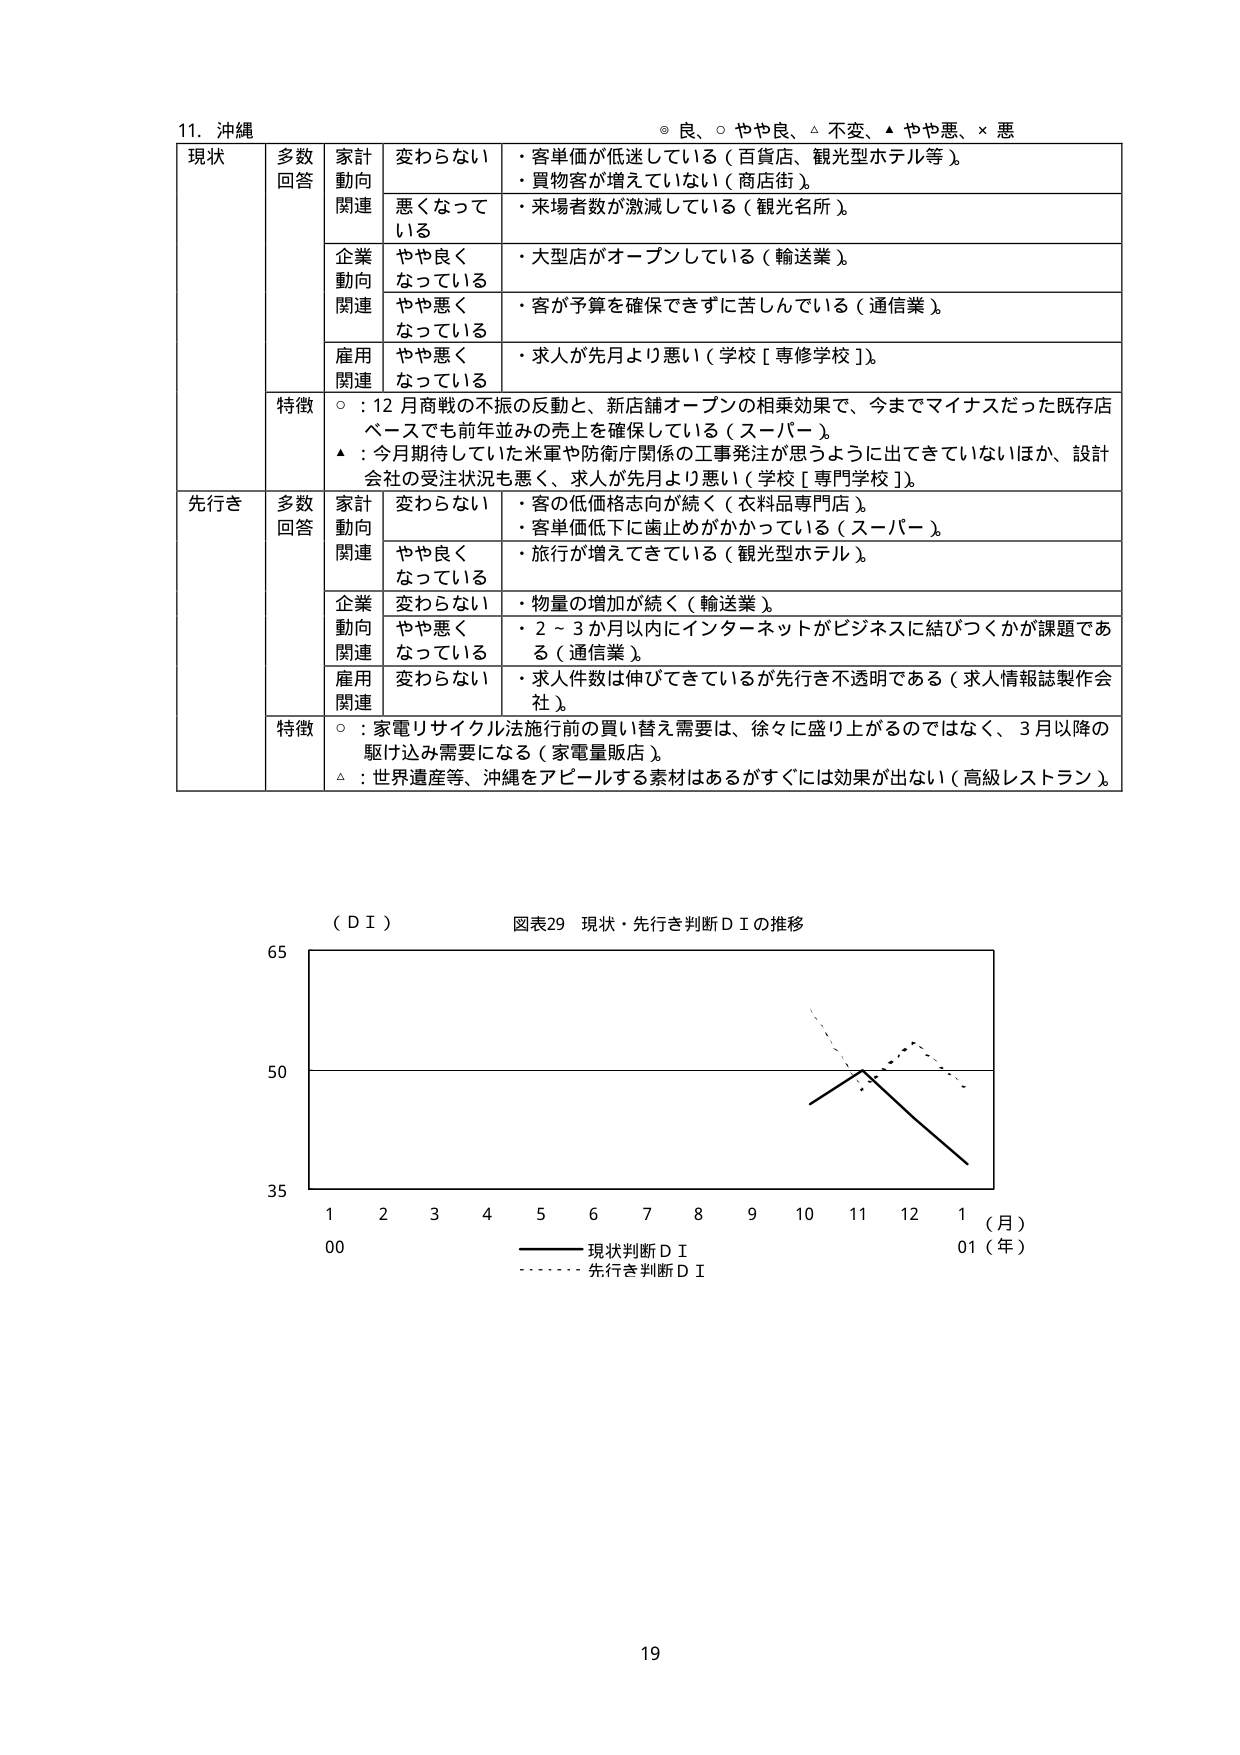
11. 沖縄
◎ 良、○ やや良、△ 不変、▲ やや悪、× 悪

現状
多数回答
家計動向関連
変わらない
・客単価が低迷している（百貨店、観光型ホテル等）。
・買物客が増えていない（商店街）。
悪くなっている
・来場者数が激減している（観光名所）。

企業動向関連
やや良くなっている
・大型店がオープンしている（輸送業）。
やや悪くなっている
・客が予算を確保できずに苦しんでいる（通信業）。

雇用関連
やや悪くなっている
・求人が先月より悪い（学校［専修学校］）。

特徴
○：12月商戦の不振の反動と、新店舗オープンの相乗効果で、今までマイナスだった既存店ベースでも前年並みの売上を確保している（スーパー）。
▲：今月期待していた米軍や防衛庁関係の工事発注が思うように出てきていないほか、設計会社の受注状況も悪く、求人が先月より悪い（学校［専門学校］）。

先行き
多数回答
家計動向関連
変わらない
・客の低価格志向が続く（衣料品専門店）。
・客単価低下に歯止めがかかっている（スーパー）。
やや良くなっている
・旅行が増えてきている（観光型ホテル）。

企業動向関連
変わらない
・物量の増加が続く（輸送業）。
やや悪くなっている
・2～3か月以内にインターネットがビジネスに結びつくかが課題である（通信業）。

雇用関連
変わらない
・求人件数は伸びてきているが先行き不透明である（求人情報誌製作会社）。

特徴
○：家電リサイクル法施行前の買い替え需要は、徐々に盛り上がるのではなく、3月以降の駆け込み需要になる（家電量販店）。
▲：世界遺産等、沖縄をアピールする素材はあるがすぐには効果が出ない（高級レストラン）。

（ＤＩ）
図表29 現状・先行き判断ＤＩの推移

65
50
35
1  2  3  4  5  6  7  8  9  10  11  12  1（月）
00  01（年）
―――― 現状判断ＤＩ
・・・・・・ 先行き判断ＤＩ

19